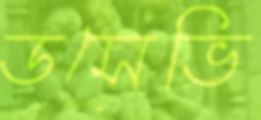
ডসেভি